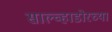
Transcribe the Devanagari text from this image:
साल्व्हाडोरच्या